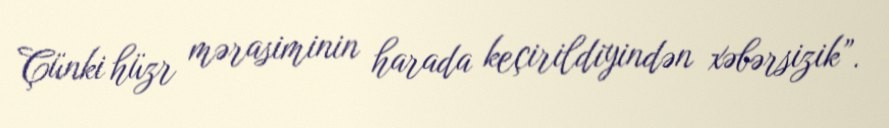
Çünki hüzr mərasiminin harada keçirildiyindən xəbərsizik”.